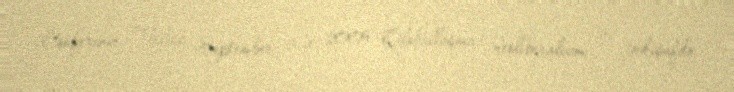
Conference, Tbilisi, September 3-4, 2009 Qloballaşma, neoliberalizm və inkişafda